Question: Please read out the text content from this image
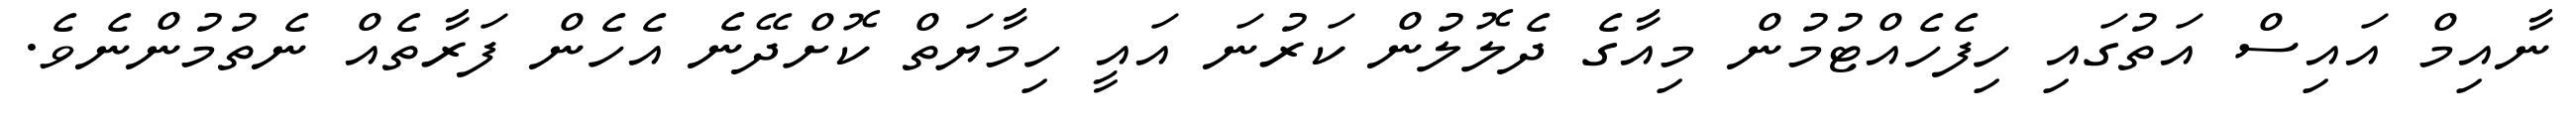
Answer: ނާއިމް އައިސް އަތުގައި ހިފެހެއްޓުމުން މިއާގެ ދެލޮލުން ކަރުނަ އައީ ހިމާޔަތް ކޮށްދޭނެ އެހެން ފަރާތެއް ނެތުމުންނެވެ.